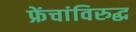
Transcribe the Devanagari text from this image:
फ्रेंचांविरुद्ध